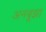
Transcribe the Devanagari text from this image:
अनबूझा